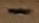
Text: -